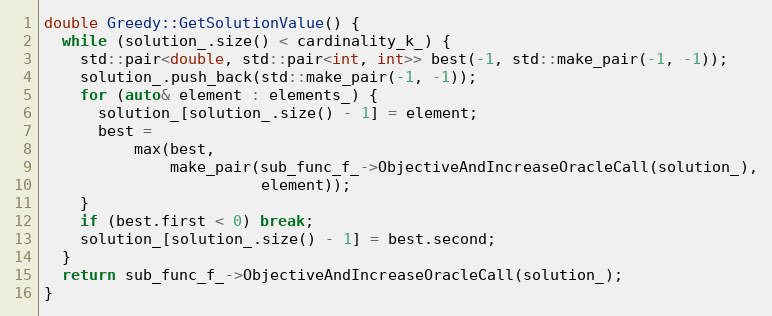
Language: C++
double Greedy::GetSolutionValue() {
  while (solution_.size() < cardinality_k_) {
    std::pair<double, std::pair<int, int>> best(-1, std::make_pair(-1, -1));
    solution_.push_back(std::make_pair(-1, -1));
    for (auto& element : elements_) {
      solution_[solution_.size() - 1] = element;
      best =
          max(best,
              make_pair(sub_func_f_->ObjectiveAndIncreaseOracleCall(solution_),
                        element));
    }
    if (best.first < 0) break;
    solution_[solution_.size() - 1] = best.second;
  }
  return sub_func_f_->ObjectiveAndIncreaseOracleCall(solution_);
}